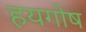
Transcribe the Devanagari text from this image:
हयगोष